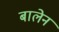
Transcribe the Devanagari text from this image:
बालेन